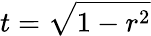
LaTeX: t=\sqrt{1-r^{2}}